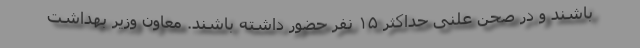
باشند و در صحن علنی حداکثر ۱۵ نفر حضور داشته باشند. معاون وزیر بهداشت